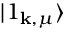
\vert 1 _ { \mathbf { k } , \mu } \rangle